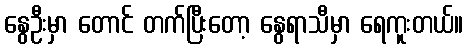
နွေဦးမှာ တောင် တက်ပြီးတော့ နွေရာသီမှာ ရေကူးတယ်။